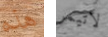
هذه لاتيمر